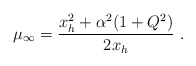
\begin{align*}\mu_{\infty} = {x_h^2 + \alpha^2 (1+Q^2) \over 2 x_h}\ .\end{align*}